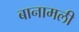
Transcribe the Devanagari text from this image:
बानामली